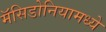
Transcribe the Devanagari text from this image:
मॅसिडोनियामध्ये